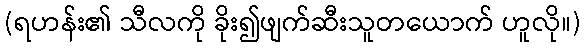
(ရဟန်း၏ သီလကို ခိုး၍ဖျက်ဆီးသူတယောက် ဟူလို။)